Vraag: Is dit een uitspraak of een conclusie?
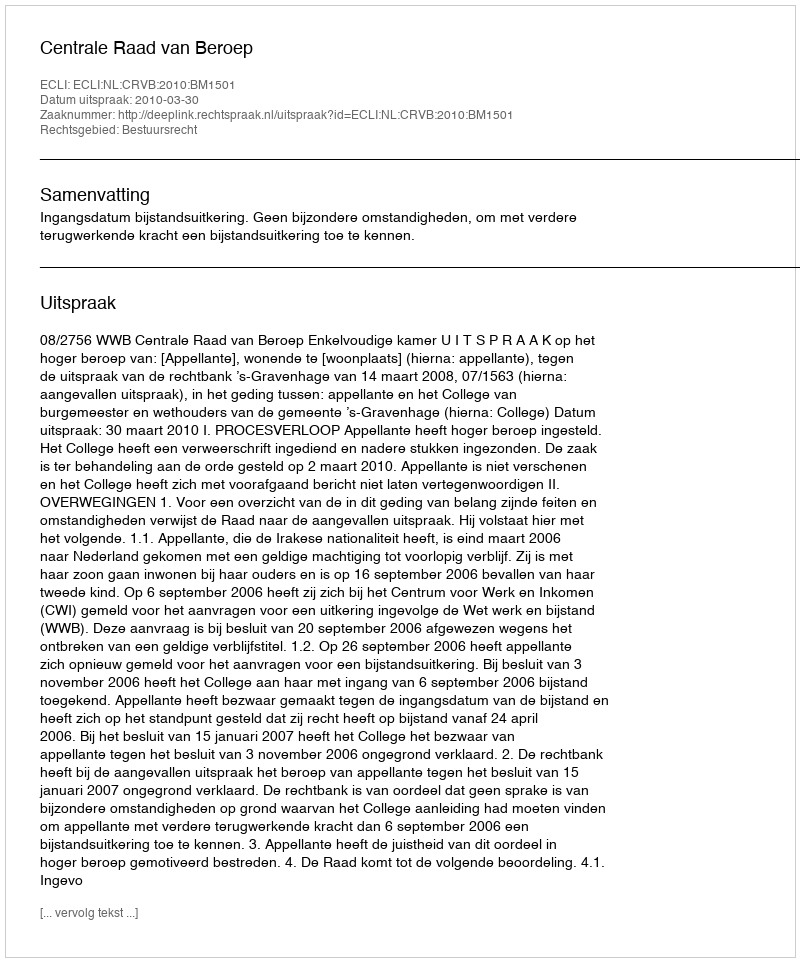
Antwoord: Uitspraak